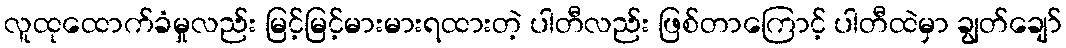
လူထုထောက်ခံမှုလည်း မြင့်မြင့်မားမားရထားတဲ့ ပါတီလည်း ဖြစ်တာကြောင့် ပါတီထဲမှာ ချွတ်ချော်